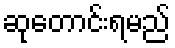
ဆုတောင်းရမည်